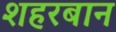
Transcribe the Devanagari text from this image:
शहरबान